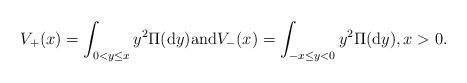
LaTeX: \begin{align*}V_+(x)=\int_{0<y\le x} y^2 \Pi(\mathrm{d}y) \mbox{and}V_-(x)=\int_{-x\le y<0} y^2\Pi(\mathrm{d}y), x>0.\end{align*}